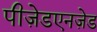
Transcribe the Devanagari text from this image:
पीज़ेडएनज़ेड